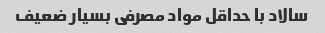
سالاد با حداقل مواد مصرفی بسیار ضعیف